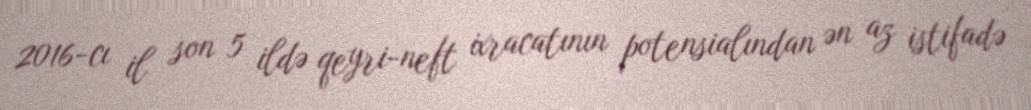
2016-cı il son 5 ildə qeyri-neft ixracatının potensialından ən az istifadə